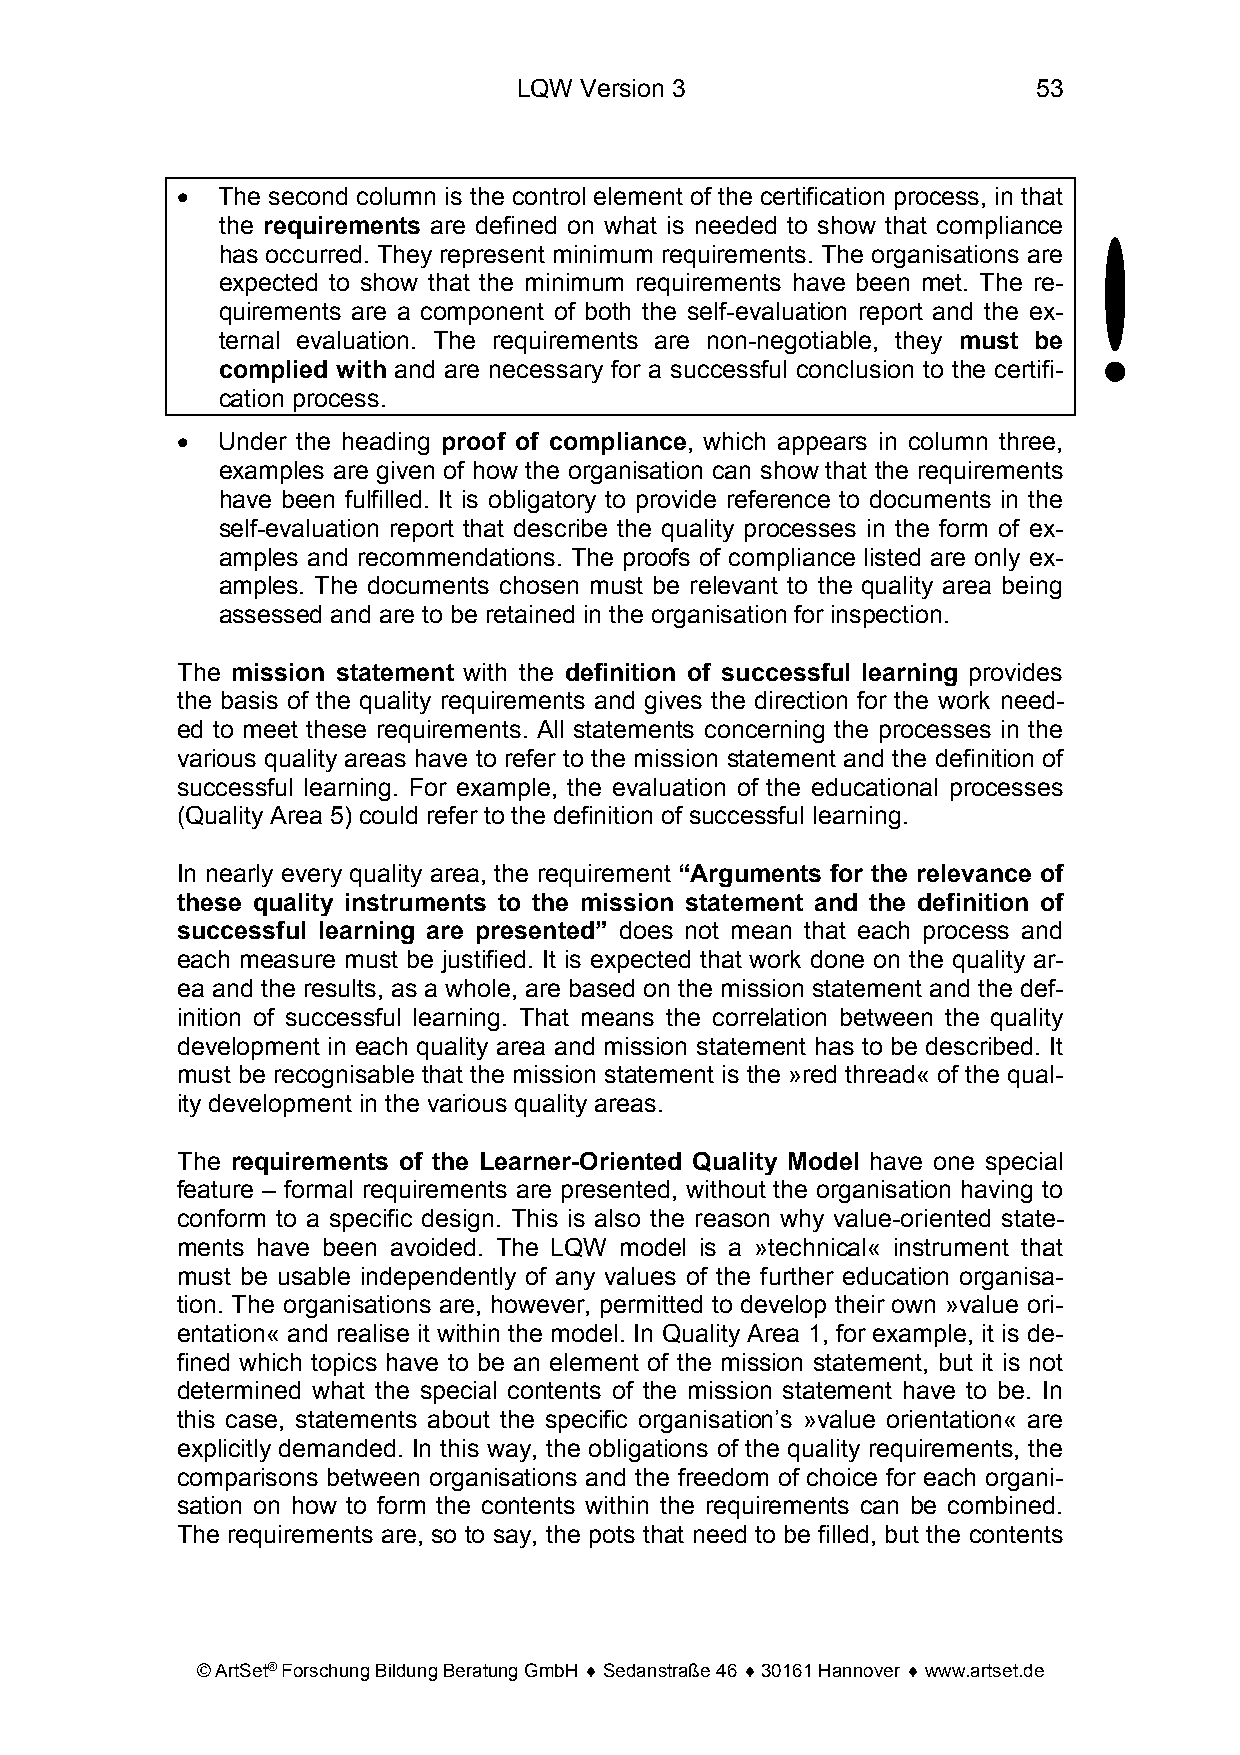
LQW Version 3                      53
 • The second column is the control element of the certification process, in that
 the requirements are defined on what is needed to show that compliance
 has occurred. They represent minimum requirements. The organisations are
 expected to show that the minimum requirements have been met. The re-
 quirements are a component of both the self-evaluation report and the ex-
 ternal evaluation. The requirements are non-negotiable, they must be
 complied with and are necessary for a successful conclusion to the certifi-
 cation process.
 • Under the heading proof of compliance, which appears in column three,
 examples are given of how the organisation can show that the requirements
 have been fulfilled. It is obligatory to provide reference to documents in the
 self-evaluation report that describe the quality processes in the form of ex-
 amples and recommendations. The proofs of compliance listed are only ex-
 amples. The documents chosen must be relevant to the quality area being
 assessed and are to be retained in the organisation for inspection.
 The mission statement with the definition of successful learning provides
 the basis of the quality requirements and gives the direction for the work need-
 ed to meet these requirements. All statements concerning the processes in the
 various quality areas have to refer to the mission statement and the definition of
 successful learning. For example, the evaluation of the educational processes
 (Quality Area 5) could refer to the definition of successful learning.
 In nearly every quality area, the requirement “Arguments for the relevance of
 these quality instruments to the mission statement and the definition of
 successful learning are presented” does not mean that each process and
 each measure must be justified. It is expected that work done on the quality ar-
 ea and the results, as a whole, are based on the mission statement and the def-
 inition of successful learning. That means the correlation between the quality
 development in each quality area and mission statement has to be described. It
 must be recognisable that the mission statement is the »red thread« of the qual-
 ity development in the various quality areas.
 The requirements of the Learner-Oriented Quality Model have one special
 feature – formal requirements are presented, without the organisation having to
 conform to a specific design. This is also the reason why value-oriented state-
 ments have been avoided. The LQW model is a »technical« instrument that
 must be usable independently of any values of the further education organisa-
 tion. The organisations are, however, permitted to develop their own »value ori-
 entation« and realise it within the model. In Quality Area 1, for example, it is de-
 fined which topics have to be an element of the mission statement, but it is not
 determined what the special contents of the mission statement have to be. In
 this case, statements about the specific organisation’s »value orientation« are
 explicitly demanded. In this way, the obligations of the quality requirements, the
 comparisons between organisations and the freedom of choice for each organi-
 sation on how to form the contents within the requirements can be combined.
 The requirements are, so to say, the pots that need to be filled, but the contents
 © ArtSet® Forschung Bildung Beratung GmbH ♦ Sedanstraße 46 ♦ 30161 Hannover ♦ www.artset.de